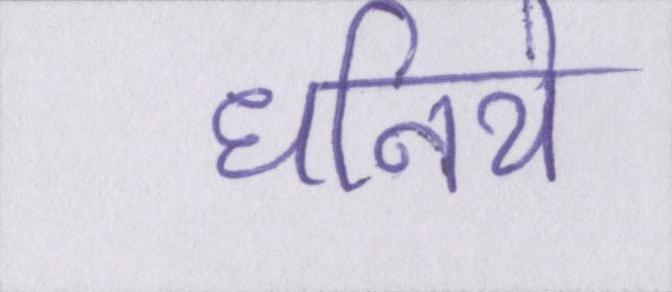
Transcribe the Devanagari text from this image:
धनिये